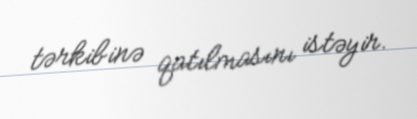
tərkibinə qatılmasını istəyir.